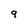
Character: 9